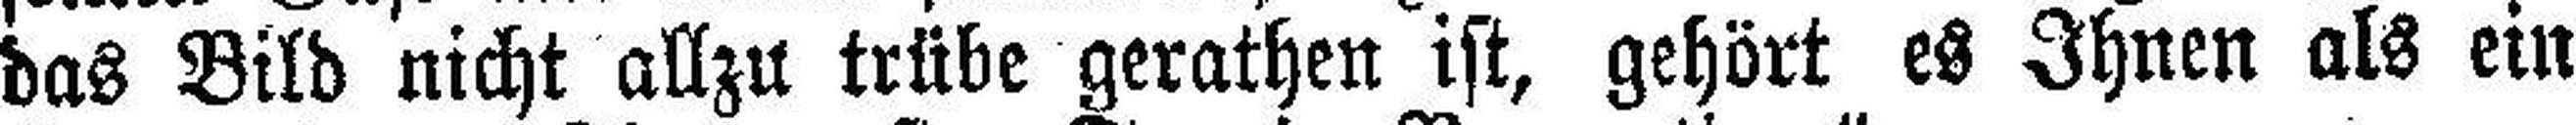
das Bild nicht allzu trübe gerathen ist, gehört es Ihnen als ein